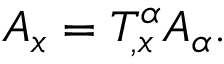
{ \cal A } _ { x } = T _ { , x } ^ { \alpha } { \cal A } _ { \alpha } .